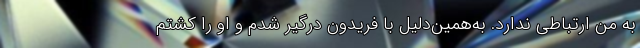
به من ارتباطی ندارد. به‌همین‌دلیل با فریدون درگیر شدم و او را کشتم